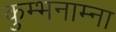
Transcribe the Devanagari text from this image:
कुम्भनाम्ना